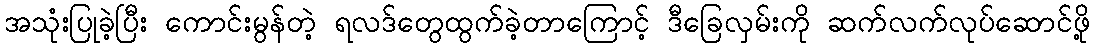
အသုံးပြုခဲ့ပြီး ကောင်းမွန်တဲ့ ရလဒ်တွေထွက်ခဲ့တာကြောင့် ဒီခြေလှမ်းကို ဆက်လက်လုပ်ဆောင်ဖို့